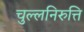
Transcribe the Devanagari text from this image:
चुल्लनिरुत्ति